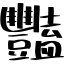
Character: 豔